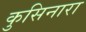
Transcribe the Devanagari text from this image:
कुसिनारा